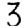
Digit: 3